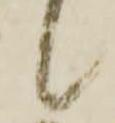
候